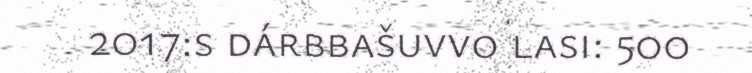
2017:s dárbbašuvvo lasi: 500